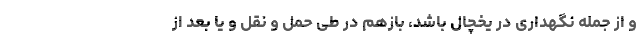
و از جمله نگهداری در یخچال باشد، بازهم در طی حمل و نقل و یا بعد از